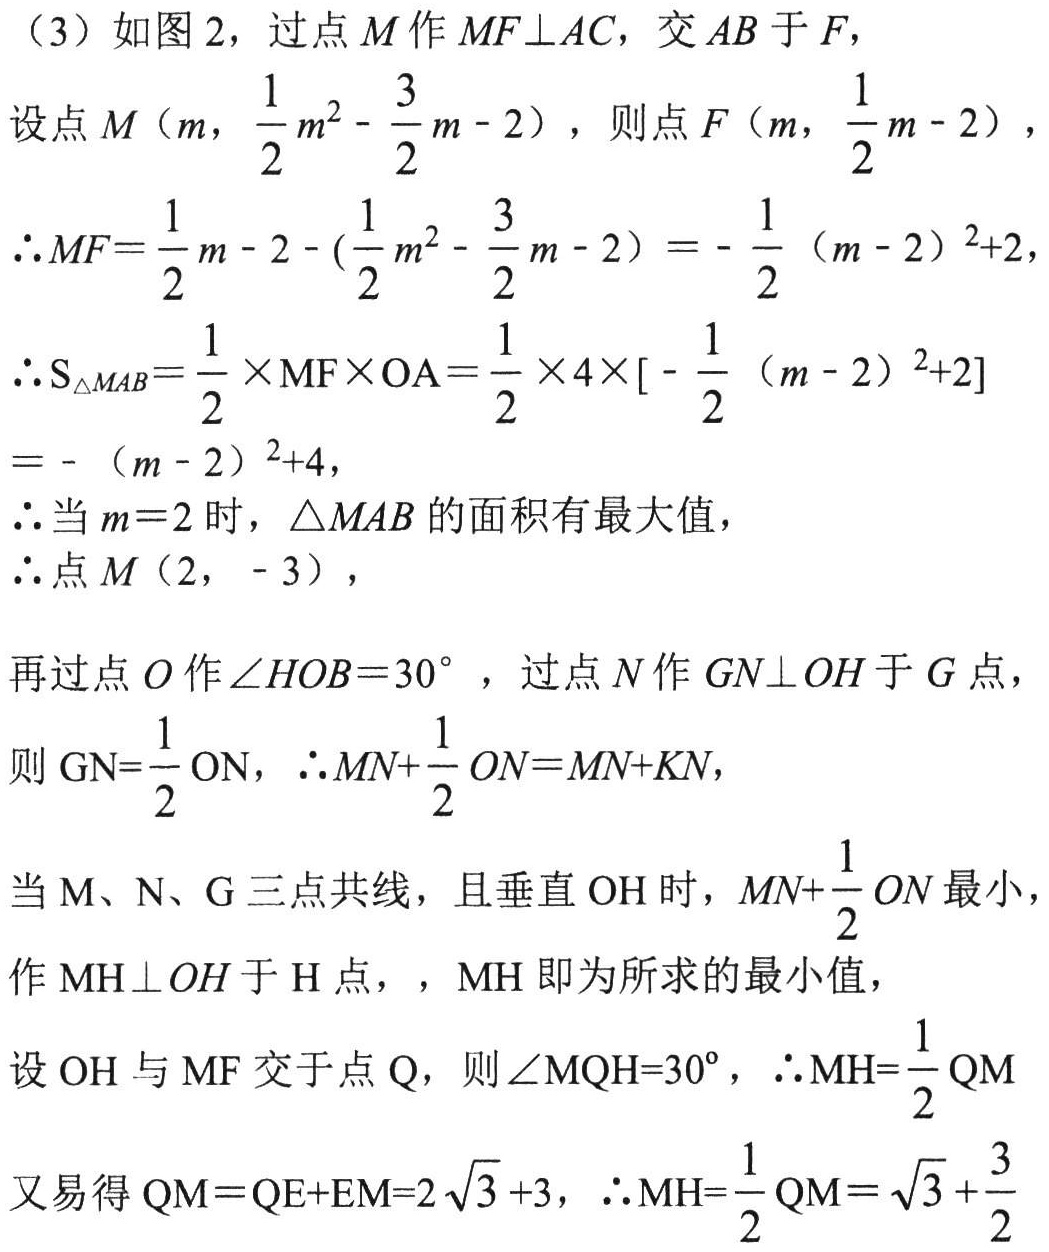
（3）如图2，过点$M$作$MF\bot AC$，交$AB$于$F$，
设点$M\left(m,\frac{1}{2}m^{2}-\frac{3}{2}m - 2\right)$，则点$F\left(m,\frac{1}{2}m - 2\right)$，
$\therefore MF = \frac{1}{2}m - 2 - \left(\frac{1}{2}m^{2}-\frac{3}{2}m - 2\right)=-\frac{1}{2}(m - 2)^{2}+2$，
$\therefore S_{\triangle MAB}=\frac{1}{2}\times MF\times OA=\frac{1}{2}\times4\times\left[-\frac{1}{2}(m - 2)^{2}+2\right]$
$=-(m - 2)^{2}+4$，
$\therefore$当$m = 2$时，$\triangle MAB$的面积有最大值，
$\therefore$点$M(2,-3)$，
再过点$O$作$\angle HOB = 30^{\circ}$，过点$N$作$GN\bot OH$于$G$点，
则$GN=\frac{1}{2}ON$，$\therefore MN+\frac{1}{2}ON = MN + KN$，
当$M、N、G$三点共线，且垂直$OH$时，$MN+\frac{1}{2}ON$最小，
作$MH\bot OH$于$H$点，，$MH$即为所求的最小值，
设$OH$与$MF$交于点$Q$，则$\angle MQH = 30^{\circ}$，$\therefore MH=\frac{1}{2}QM$
又易得$QM = QE + EM=2\sqrt{3}+3$，$\therefore MH=\frac{1}{2}QM=\sqrt{3}+\frac{3}{2}$